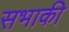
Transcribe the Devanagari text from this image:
सभाकी